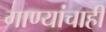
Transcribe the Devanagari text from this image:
गाण्यांचाही